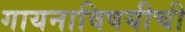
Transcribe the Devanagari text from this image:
गायनाविषयीची